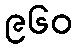
၉၆၀